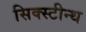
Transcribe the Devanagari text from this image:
सिक्स्टीन्थ